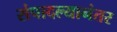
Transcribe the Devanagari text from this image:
संपादल्यानंतर